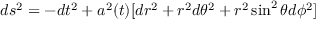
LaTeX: d s ^ { 2 } = - d t ^ { 2 } + a ^ { 2 } ( t ) [ d r ^ { 2 } + r ^ { 2 } d \theta ^ { 2 } + r ^ { 2 } \sin ^ { 2 } \theta d \phi ^ { 2 } ]